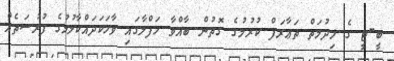
ބީ-ޓީ ގެ ޚިދުމަތް ތަޢާރަފް ކުރުމުގެ ގޮތުން ބާއްވާ ހަފްލާގައި ވާހަކަދައްކާލުމުގެ ފުރުސަތެއް